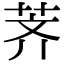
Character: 荠